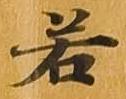
若